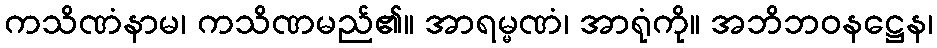
ကသိဏံနာမ၊ ကသိဏမည်၏။ အာရမ္မဏံ၊ အာရုံကို။ အဘိဘဝနဋ္ဌေန၊